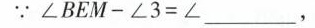
∵$$ ∠BEM-∠3=∠___ $$，